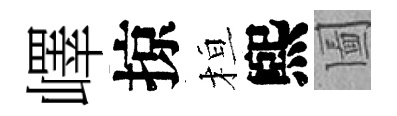
嶧掠桓煕圗